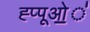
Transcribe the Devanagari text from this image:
ह्प्पूओ॒॒॒॑